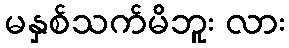
မနှစ်သက်မိဘူး လား